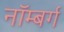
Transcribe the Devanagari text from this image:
नॉम्बर्ग